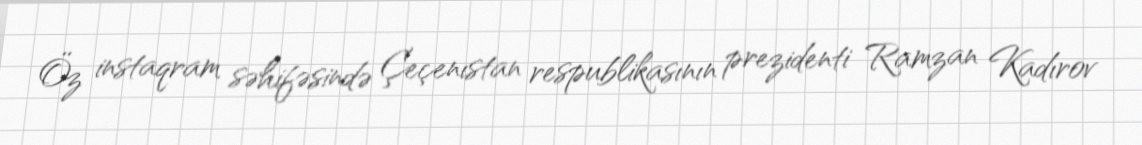
Öz instaqram səhifəsində Çeçenıstan respublikasının prezidenti Ramzan Kadırov